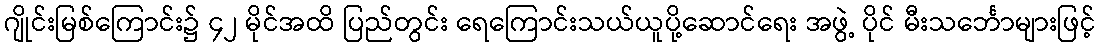
ဂျိုင်းမြစ်ကြောင်း၌ ၄၂ မိုင်အထိ ပြည်တွင်း ရေကြောင်းသယ်ယူပို့ဆောင်ရေး အဖွဲ့ ပိုင် မီးသင်္ဘောများဖြင့်